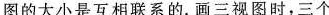
图的大小是互相联系的。画三视图时，三个